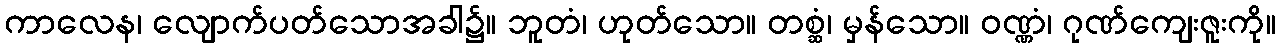
ကာလေန၊ လျောက်ပတ်သောအခါ၌။ ဘူတံ၊ ဟုတ်သော။ တစ္ဆံ၊ မှန်သော။ ဝဏ္ဏံ၊ ဂုဏ်ကျေးဇူးကို။